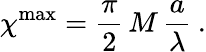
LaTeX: \chi^{\mathrm{{max}}}=\frac{\pi}{2}\, M\, \frac{a}{\lambda}\: .